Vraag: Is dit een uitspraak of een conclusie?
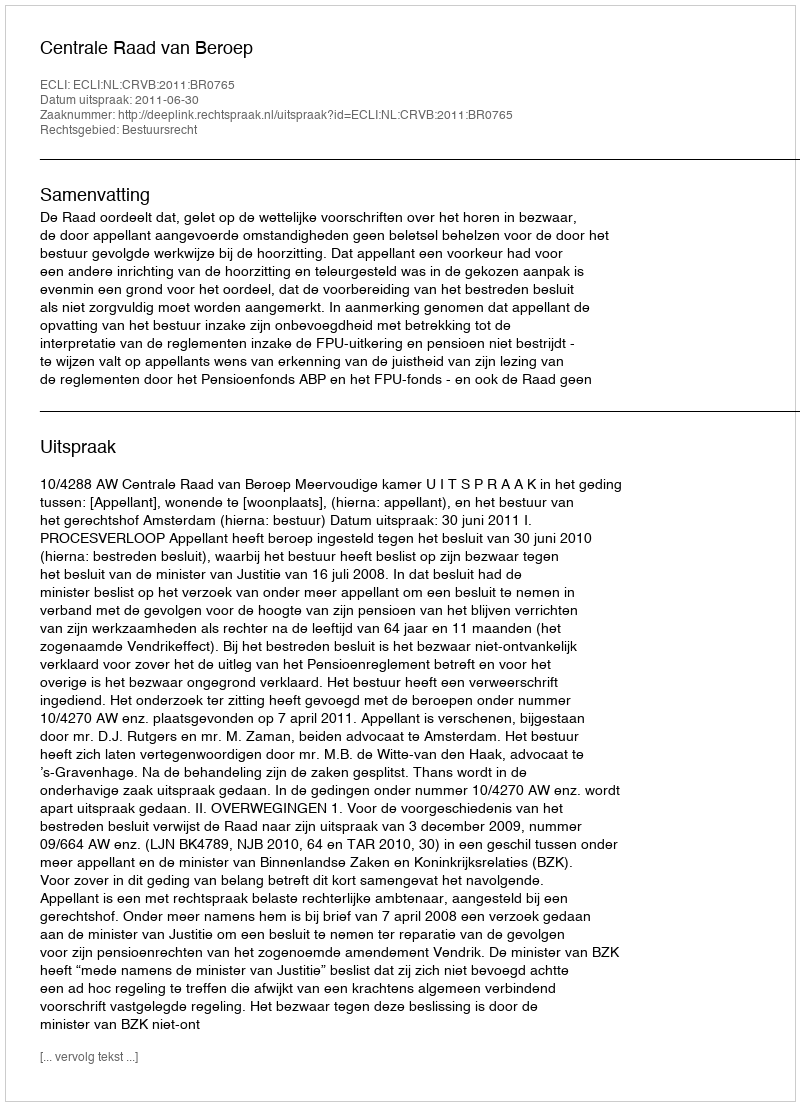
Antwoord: Uitspraak